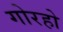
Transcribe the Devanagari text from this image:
गोरहो